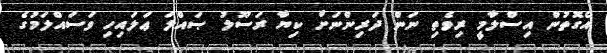
އެގޮތުން އިސްލާމީ ރިވެތި ނަަން ދަރިންނަށް ކިޔާ ރަސޫލު ޞައްލަ ޢަލައިހި ވަސައްލަމުގެ